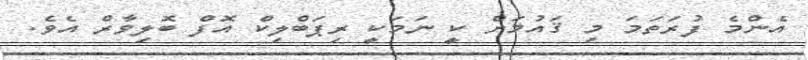
އެންމެ ފުރަތަމަ މި ޤައުމަށް ކީ ނަމަކީ ރިޕަބްލިކް އޮފް ބޮލިވާރް އެވެ.